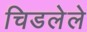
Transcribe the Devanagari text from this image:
चिडलेले